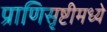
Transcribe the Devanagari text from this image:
प्राणिसृष्टीमध्ये